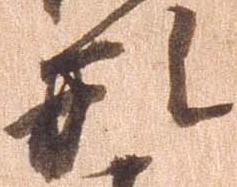
形